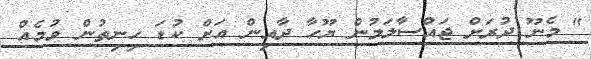
" މެނޫ ދުރަށް ޖައްސާލަމުން ޔޫހާ ދާއިން އަށް ކުޑަ ހިނިތުން ވުމެއް